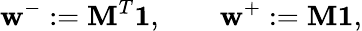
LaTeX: \mathbf{w}^{-}:=\mathbf{M}^{T}\mathbf{1},\qquad\mathbf{w}^{+}:=\mathbf{M}\mathbf{1},